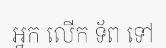
អ្នក លើក ទ័ព ទៅ